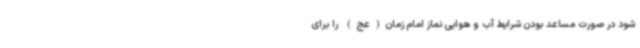
شود در صورت مساعد بودن شرایط آب و هوایی نماز امام زمان(عج) را برای